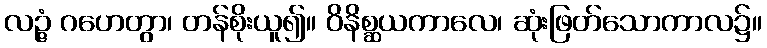
လဉ္ဇံ ဂဟေတွာ၊ တန်စိုးယူ၍။ ဝိနိစ္ဆယကာလေ၊ ဆုံးဖြတ်သောကာလ၌။